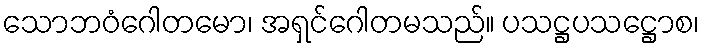
သောဘဝံဂေါတမော၊ အရှင်ဂေါတမသည်။ ပသဋ္ဌပသဋ္ဌောစ၊